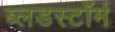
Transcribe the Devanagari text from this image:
ब्लडस्टॉर्म